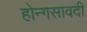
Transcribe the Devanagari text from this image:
होन्गसावदी